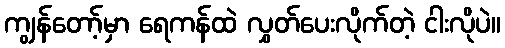
ကျွန်တော့်မှာ ရေကန်ထဲ လွှတ်ပေးလိုက်တဲ့ ငါးလိုပဲ။